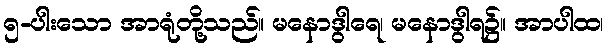
၅-ပါးသော အာရုံတို့သည်။ မနောဒွါရေ၊ မနောဒွါရ၌။ အာပါထ၊